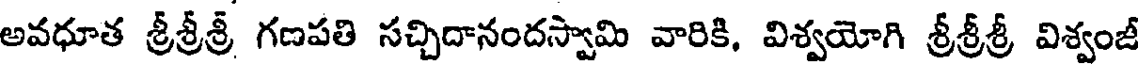
అవధూత శ్రీశ్రీశ్రీ గణపతి సచ్చిదానందస్వామి వారికి, విశ్వయోగి శ్రీశ్రీశ్రీ విశ్వంజీ